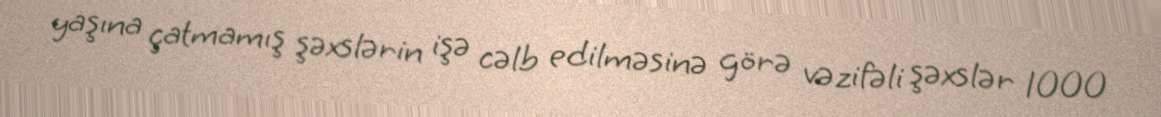
yaşına çatmamış şəxslərin işə cəlb edilməsinə görə vəzifəli şəxslər 1000